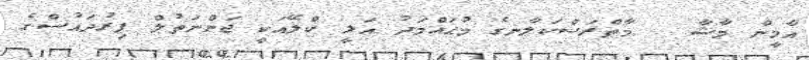
އާމީން މާޝާ   މާތްރަސްކަލާނގެ މުޙައްމަދު އަލީ ކްލޭއަކީ ޖަންނަތުލް ފިރުދައުސްގެ